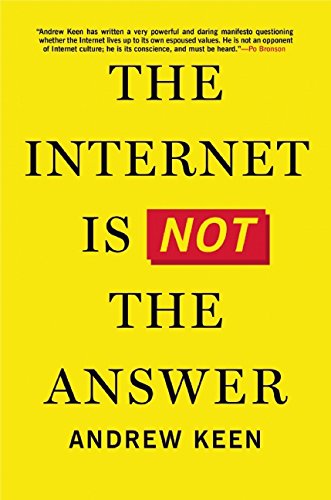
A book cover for The Internet Is Not the Answer; Andrew Keen; Computers & Technology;